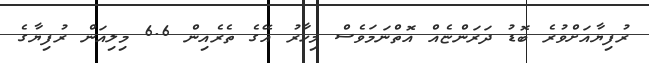
ރުފިޔާއަށްވުރެ ބޮޑު ދަރަންޏެއް އޮތްނަމަވެސް މިހާރު އޭގެ ތެރެއިން 6.6 މިލިއަން ރުފިޔާގެ